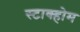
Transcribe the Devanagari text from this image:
स्टाक्होम